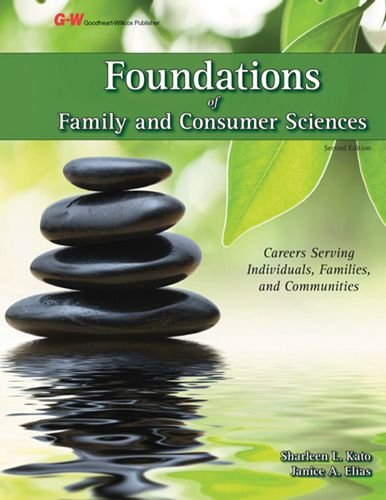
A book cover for Foundations of Family and Consumer Sciences: Careers Serving Individuals, Families, and Communities; Sharleen L. Kato Ed.D.; Education & Teaching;